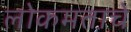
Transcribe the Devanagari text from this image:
लोकमताचे